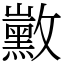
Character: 𪑛